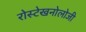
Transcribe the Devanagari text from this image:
रोस्टेखनोलोजी